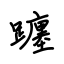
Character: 躔